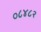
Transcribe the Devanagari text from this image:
०८४८२